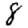
Digit: 8